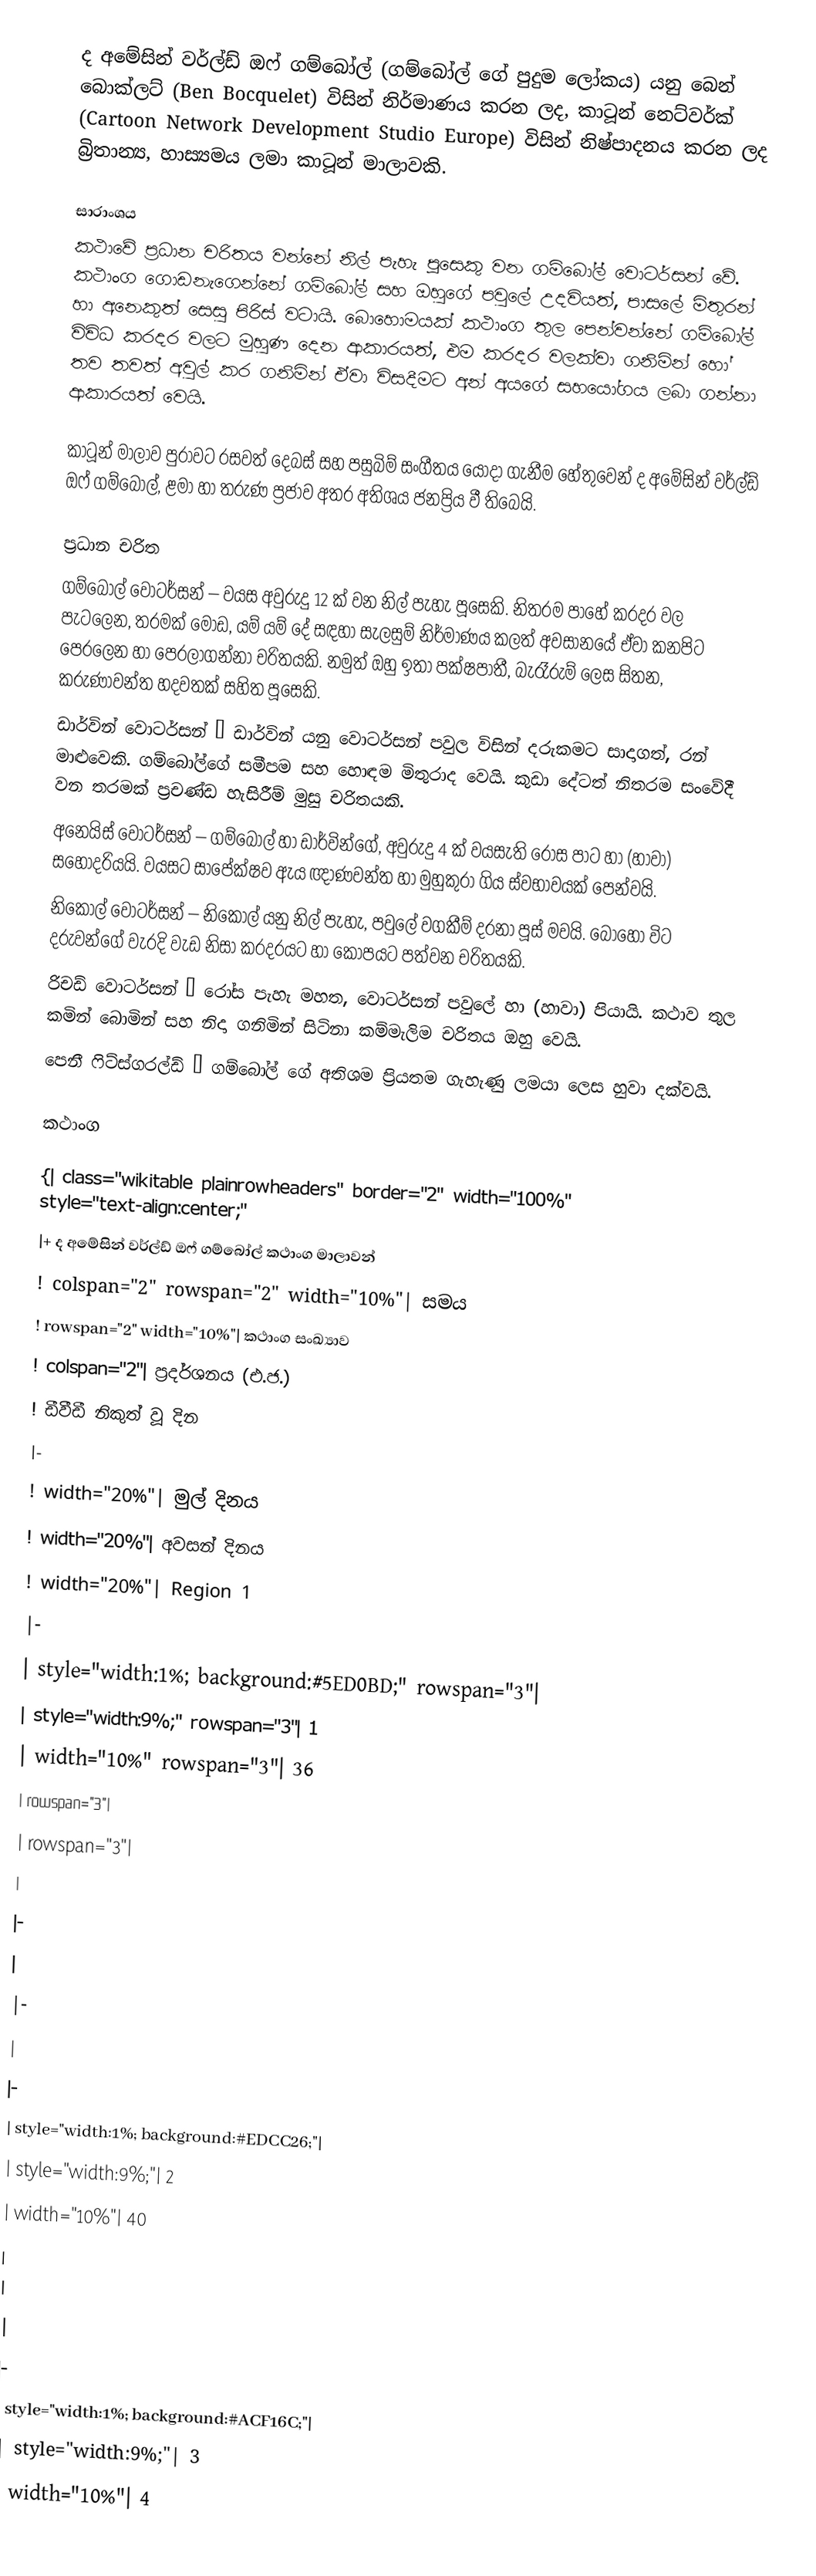
ද අමේසින් වර්ල්ඩ් ඔෆ් ගම්බෝල් (ගම්බෝල් ගේ පුදුම ලෝකය) යනු බෙන් බොක්ලට් (Ben Bocquelet) විසින් නිර්මාණය කරන ලද, කාටූන් නෙට්වර්ක් (Cartoon Network Development Studio Europe) විසින් නිෂ්පාදනය කරන ලද බ්‍රිතාන්‍ය, හාස්‍යමය ලමා කාටූන් මාලාවකි.

සාරාංශය
කථාවේ ප්‍රධාන චරිතය වන්නේ නිල් පැහැ පූසෙකු වන ගම්බෝල් වොටර්සන් වේ. කථාංග ගොඩනැගෙන්නේ ගම්බෝල් සහ ඔහුගේ පවුලේ උදවියත්, පාසලේ මිතුරන් හා අනෙකුත් සෙසු පිරිස් වටායි. බොහොමයක් කථාංග තුල පෙන්වන්නේ ගම්බෝල් විවිධ කරදර වලට මුහුණ දෙන ආකාරයත්, එම කරදර වලක්වා ගනිමින් හෝ තව තවත් අවුල් කර ගනිමින් ඒවා විසදීමට අන් අයගේ සහයෝගය ලබා ගන්නා ආකාරයත් වෙයි.

කාටූන් මාලාව පුරාවට රසවත් දෙබස් සහ පසුබිම් සංගීතය යොදා ගැනීම හේතුවෙන් ද අමේසින් වර්ල්ඩ් ඔෆ් ගම්බෝල්, ළමා හා තරුණ ප්‍රජාව අතර අතිශය ජනප්‍රිය වී තිබෙයි.

ප්‍රධාන චරිත
 ගම්බෝල් වොටර්සන් – වයස අවුරුදු 12 ක් වන නිල් පැහැ පූසෙකි. නිතරම පාහේ කරදර වල පැටලෙන, තරමක් මෝඩ, යම් යම් දේ සඳහා සැලසුම් නිර්මාණය කලත් අවසානයේ ඒවා කනපිට පෙරලෙන හා පෙරලාගන්නා චරිතයකි. නමුත් ඔහු ඉතා පක්ෂපාතී, බැරෑරුම් ලෙස සිතන, කරුණාවන්ත හදවතක් සහිත පූසෙකි.
 ඩාර්වින් වොටර්සන් – ඩාර්වින් යනු වොටර්සන් පවුල විසින් දරුකමට සාදාගත්, රන් මාළුවෙකි. ගම්බෝල්ගේ සමීපම සහ හොඳම මිතුරාද වෙයි. කුඩා දේටත් නිතරම සංවේදී වන තරමක් ප්‍රචණ්ඩ හැසිරීම් මුසු චරිතයකි.
 අනෙයිස් වොටර්සන් – ගම්බෝල් හා ඩාර්වින්ගේ, අවුරුදු 4 ක් වයසැති රෝස පාට හා (හාවා) සහෝදරියයි. වයසට සාපේක්ෂව ඇය ඥාණවන්ත හා මුහුකුරා ගිය ස්වභාවයක් පෙන්වයි.
 නිකොල් වොටර්සන් – නිකොල් යනු නිල් පැහැ, පවුලේ වගකීම් දරනා පූස් මවයි. බොහෝ විට දරුවන්ගේ වැරදි වැඩ නිසා කරදරයට හා කෝපයට පත්වන චරිතයකි.
 රිචඩ් වොටර්සන් – රෝස පැහැ මහත, වොටර්සන් පවුලේ හා (හාවා) පියායි. කථාව තුල කමින් බොමින් සහ නිදා ගනිමින් සිටිනා කම්මැලිම චරිතය ඔහු වෙයි.
 පෙනී ෆිට්ස්ගරල්ඩ් – ගම්බෝල් ගේ අතිශම ප්‍රියතම ගැහැණු ලමයා ලෙස හුවා දක්වයි.

කථාංග

{| class="wikitable plainrowheaders" border="2" width="100%" style="text-align:center;"
|+ ද අමේසින් වර්ල්ඩ් ඔෆ් ගම්බෝල් කථාංග මාලාවන්
! colspan="2" rowspan="2" width="10%"| සමය
! rowspan="2" width="10%"| කථාංග සංඛ්‍යාව
! colspan="2"| ප්‍රදර්ශනය (එ.ජ.)
! ඩීවීඩී නිකුත් වූ දින
|-
! width="20%"| මුල් දිනය
! width="20%"| අවසන් දිනය
! width="20%"| Region 1
|-
| style="width:1%; background:#5ED0BD;" rowspan="3"|
| style="width:9%;" rowspan="3"| 1
| width="10%" rowspan="3"| 36
| rowspan="3"|
| rowspan="3"|
|
|-
|
|-
|
|-
| style="width:1%; background:#EDCC26;"|
| style="width:9%;"| 2
| width="10%"| 40
|
|
|
|-
| style="width:1%; background:#ACF16C;"|
| style="width:9%;"| 3
| width="10%"| 4